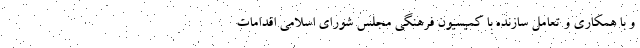
و با همکاری و تعامل سازنده با کمیسیون فرهنگی مجلس شورای اسلامی اقدامات